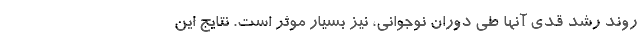
روند رشد قدی آنها طی دوران نوجوانی، نیز بسیار موثر است. نتایج این